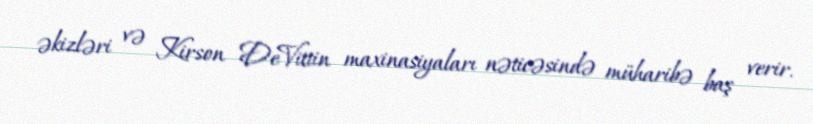
əkizləri və Kirson DeVittin maxinasiyaları nəticəsində müharibə baş verir.